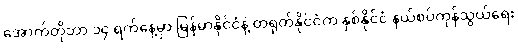
အောက်တိုဘာ ၁၄ ရက်နေ့မှာ မြန်မာနိုင်ငံနဲ့ တရုတ်နိုင်ငံက နှစ်နိုင်ငံ နယ်စပ်ကုန်သွယ်ရေး